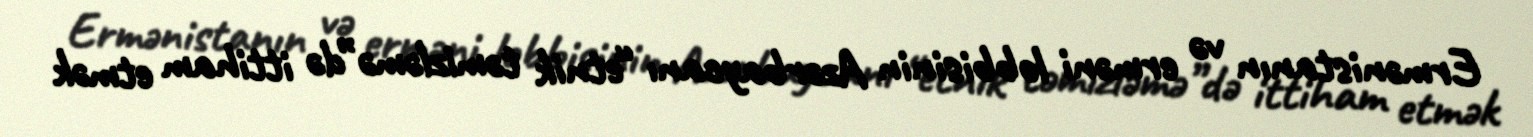
Ermənistanın və erməni lobbisinin Azərbaycanı “etnik təmizləmə”də ittiham etmək